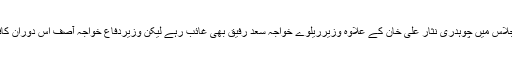
یمن کی صورتحال پر بلائے جانیوالے مشترکہ اجلاس میں چوہدری نثار علی خان کے علاوہ وزیرریلوے خواجہ سعد رفیق بھی غائب رہے لیکن وزیردفاع خواجہ آصف اس دوران کافی سرگر م اور پی ٹی آئی پر برہم دکھائی دیئے ۔